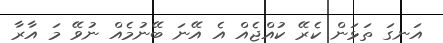
އަނގަ ތަޅަން ކެރޭ ކުއްޖެއް އެ އޭނަ ބޭނުމެއް ނުވޭ މަ އާރާ